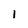
Character: I